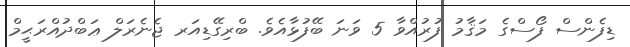
ޑިފެންސް ފޯސްގެ މަޤާމު ފުރުއްވާ 5 ވަނަ ބޭފުޅާއެވެ. ބްރިގޭޑިއަރ ޖެނެރަލް ޢަބްދުއްރަޙީމް